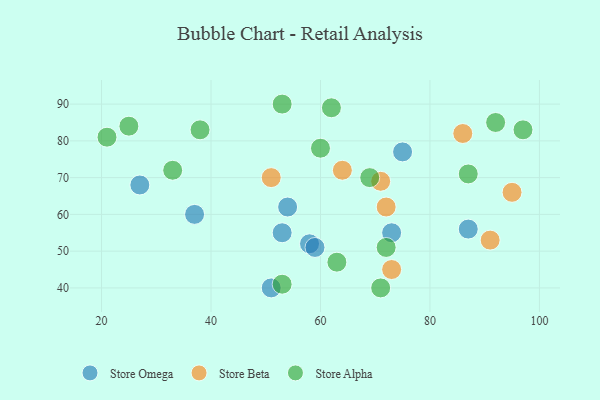
{"axis": {"x": "GDP", "y": "Life Expectancy"}, "legend": ["Store Alpha", "Store Beta", "Store Omega"], "data": [{"x": "51", "y": 40, "type": "Store Omega"}, {"x": "54", "y": 62, "type": "Store Omega"}, {"x": "73", "y": 55, "type": "Store Omega"}, {"x": "58", "y": 52, "type": "Store Omega"}, {"x": "53", "y": 55, "type": "Store Omega"}, {"x": "59", "y": 51, "type": "Store Omega"}, {"x": "87", "y": 56, "type": "Store Omega"}, {"x": "75", "y": 77, "type": "Store Omega"}, {"x": "27", "y": 68, "type": "Store Omega"}, {"x": "37", "y": 60, "type": "Store Omega"}, {"x": "91", "y": 53, "type": "Store Beta"}, {"x": "71", "y": 69, "type": "Store Beta"}, {"x": "72", "y": 62, "type": "Store Beta"}, {"x": "51", "y": 70, "type": "Store Beta"}, {"x": "86", "y": 82, "type": "Store Beta"}, {"x": "73", "y": 45, "type": "Store Beta"}, {"x": "64", "y": 72, "type": "Store Beta"}, {"x": "95", "y": 66, "type": "Store Beta"}, {"x": "63", "y": 47, "type": "Store Alpha"}, {"x": "21", "y": 81, "type": "Store Alpha"}, {"x": "53", "y": 90, "type": "Store Alpha"}, {"x": "60", "y": 78, "type": "Store Alpha"}, {"x": "71", "y": 40, "type": "Store Alpha"}, {"x": "25", "y": 84, "type": "Store Alpha"}, {"x": "92", "y": 85, "type": "Store Alpha"}, {"x": "62", "y": 89, "type": "Store Alpha"}, {"x": "33", "y": 72, "type": "Store Alpha"}, {"x": "97", "y": 83, "type": "Store Alpha"}, {"x": "87", "y": 71, "type": "Store Alpha"}, {"x": "53", "y": 41, "type": "Store Alpha"}, {"x": "69", "y": 70, "type": "Store Alpha"}, {"x": "38", "y": 83, "type": "Store Alpha"}, {"x": "72", "y": 51, "type": "Store Alpha"}]}